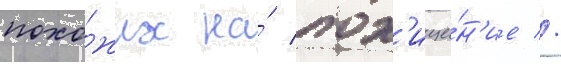
похо́жих на́ пох'ище́н'ие //